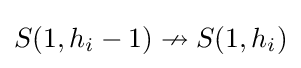
S(1,h_{i}-1)\nrightarrow S(1,h_{i})